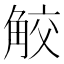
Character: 𧣦